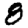
Digit: 8